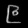
Digit: ၉